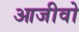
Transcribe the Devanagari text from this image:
आजीवो